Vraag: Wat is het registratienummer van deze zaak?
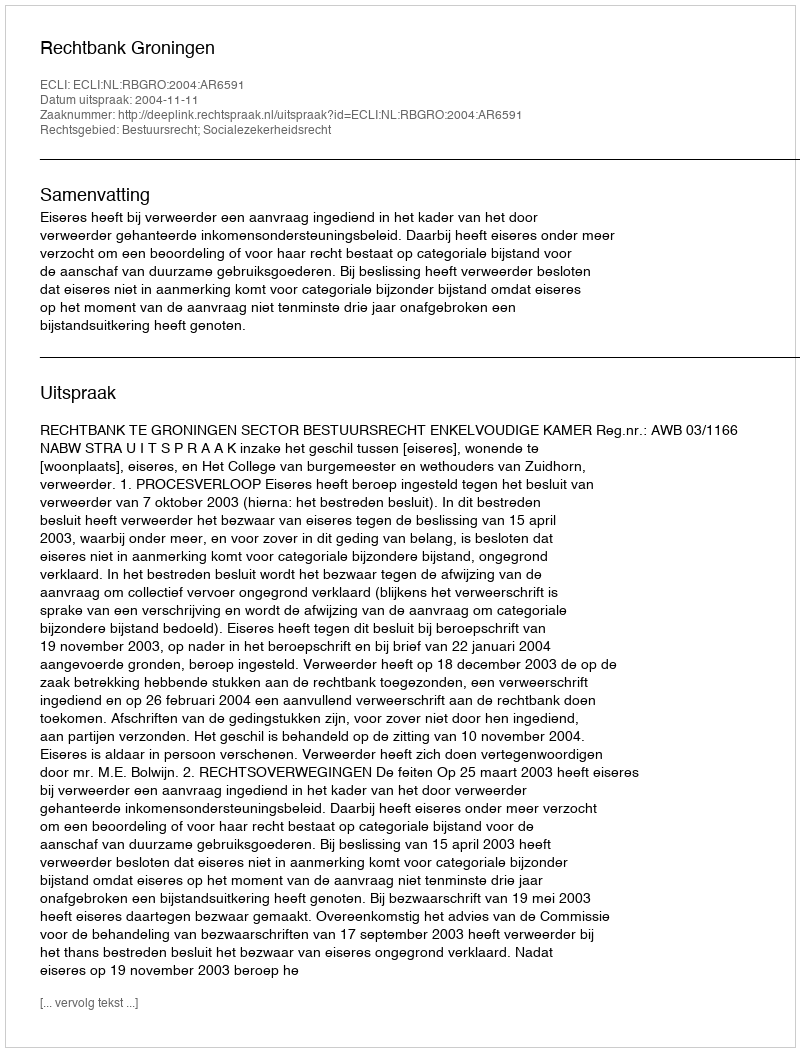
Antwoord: http://deeplink.rechtspraak.nl/uitspraak?id=ECLI:NL:RBGRO:2004:AR6591